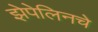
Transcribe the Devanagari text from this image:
झेपेलिनचे